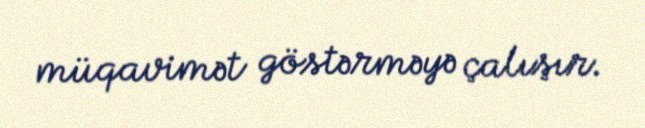
müqavimət göstərməyə çalışır.